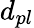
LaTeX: d_{pl}